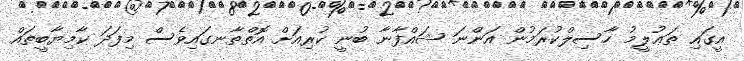
އީގައި ތަޢުލީމު ހާސިލްކުރަމުން އަންނަ ޝައްފާނާ ބުނީ ކުރިއަށް އޮތްތާނގައިވެސް މިފަދަ ކާމިޔާބީތައް